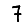
Digit: 7